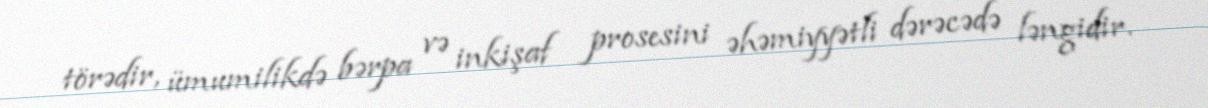
törədir, ümumilikdə bərpa və inkişaf prosesini əhəmiyyətli dərəcədə ləngidir.